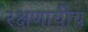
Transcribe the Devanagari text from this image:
रक्षणाचीच